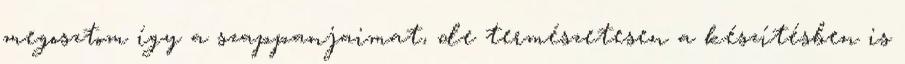
megosztom így a szappanjaimat, de természetesen a készítésben is